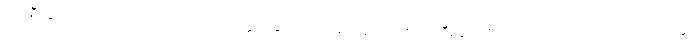
ပျက်စီးခြင်းသို့ ရောက်ရသကဲ့သို့ လာဘသက္ကာရခြုံတိုးသော ရဟန်းလည်း ပျက်စီးခြင်းသို့ ရောက်တတ်ကြောင်း ဟောထား၏။